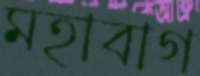
মহাবাগ